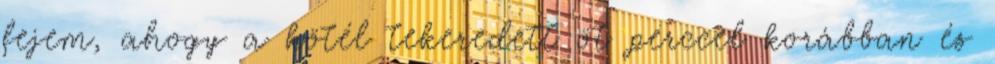
fejem, ahogy a kötél tekeredett öt perccel korábban és